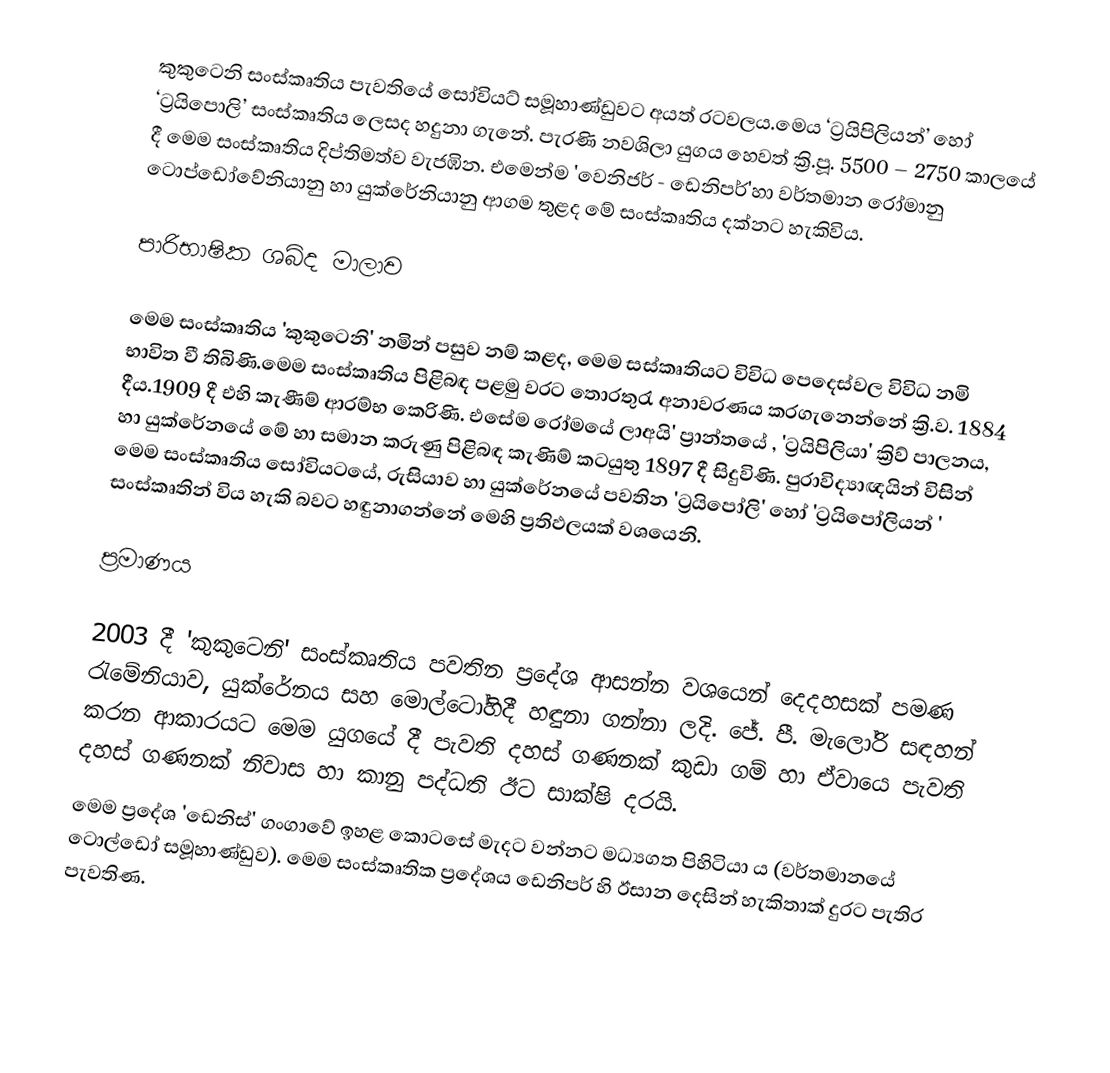
කුකුටෙනි සංස්කෘතිය පැවතියේ සෝවියට් සමූහාණ්ඩුවට අයත්  රටවලය.මෙය  ‘ට්‍රයිපිලියන්’ හෝ ‘ට්‍රයිපොලි’ සංස්කෘතිය ලෙසද හදුනා ගැනේ. පැරණි නවශිලා යුගය හෙවත් ක්‍රි.පූ. 5500 – 2750 කාලයේ දී මෙම සංස්කෘතිය දිප්තිමත්ව වැජඹින. එමෙන්ම 'වෙනිජර් - ඩෙනිපර්'හා වර්තමාන රෝමානු ටොප්ඩෝවේනියානු හා යුක්රේනියානු ආගම තුළද මේ සංස්කෘතිය දක්නට හැකිවිය.

පාරිභාෂික ශබ්ද මාලාව

මෙම සංස්කෘතිය 'කුකුටෙනි' නමින් පසුව නම් කළද, මෙම සස්කෘතියට විවිධ පෙදෙස්වල විවිධ නමි භාවිත වී තිබිණි.මෙම සංස්කෘතිය පිළිබඳ පළමු වරට තොරතුරැ  අනාවරණය කරගැනෙන්නේ ක්‍රි.ව. 1884 දීය.1909 දී එහි කැණීම්  ආරම්භ කෙරිණි. එසේම රෝමයේ  ලාඅයි'  ප්‍රාන්තයේ , 'ට්‍රයිපිලියා'  ක්‍රිව් පාලනය, හා යුක්රේනයේ මේ හා සමාන කරුණු පිළිබඳ කැණිම් කටයුතු 1897  දී සිදුවිණි. පුරාවිද්‍යාඥයින් විසින් මෙම සංස්කෘතිය සෝවියටයේ, රුසියාව හා යුක්රේනයේ පවතින 'ට්‍රයිපෝලි' හෝ 'ට්‍රයිපෝලියන් ' සංස්කෘතින් විය හැකි බවට හඳුනාගන්නේ මෙහි ප්‍රතිඵලයක් වශයෙනි.

ප්‍රමාණය

2003 දී 'කුකුටෙනි' සංස්කෘතිය පවතින ප්‍රදේශ ආසන්න වශයෙන් දෙදහසක් පමණ රැමේනියාව, යුක්රේනය සහ  මොල්ටෝහිදී හඳුනා ගන්නා ලදි. ජේ. පී. මැලෝරි සඳහන් කරන ආකාරයට මෙම යුගයේ දී පැවති දහස් ගණනක් කුඩා ගම් හා ඒවායෙ පැවති දහස් ගණනක්  නිවාස හා කානු පද්ධති ඊට සාක්ෂි දරයි.
මෙම ප්‍රදේශ 'ඩෙනිස්' ගංගාවේ ඉහළ කොටසේ මැදට වන්නට මධ්‍යගත පිහිටියා ය (වර්තමානයේ ටොල්ඩෝ සමූහාණ්ඩුව). මෙම සංස්කෘතික ප්‍රදේශය ඩෙනිපර් හි ඊසාන දෙසින් හැකිතාක් දුරට  පැතිර පැවතිණ.